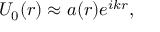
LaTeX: U _ { 0 } ( r ) \approx a ( r ) e ^ { i k r } ,